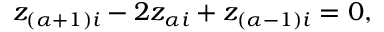
z _ { ( \alpha + 1 ) i } - 2 z _ { \alpha i } + z _ { ( \alpha - 1 ) i } = 0 ,